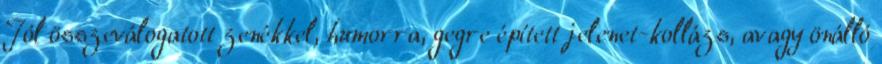
Jól összeválogatott zenékkel, humorra, gegre épített jelenet-kollázs, avagy önálló